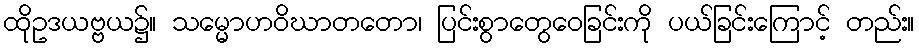
ထိုဥဒယဗ္ဗယ၌။ သမ္မောဟဝိဃာတတော၊ ပြင်းစွာတွေဝေခြင်းကို ပယ်ခြင်းကြောင့် တည်း။